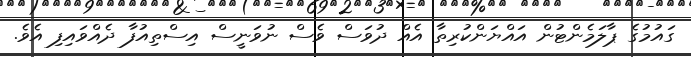
ގައުމުގެ ޕާލަމެންޓުން އައްޔަންކުރިތާ އެއް ދުވަސް ވެސް ނުވަނީސް އިސްތިއުފާ ދެއްވައިފި އެވެ.